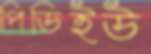
পিডিইউ